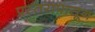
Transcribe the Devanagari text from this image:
प्रस्तरापासून